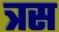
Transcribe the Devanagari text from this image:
त्रस